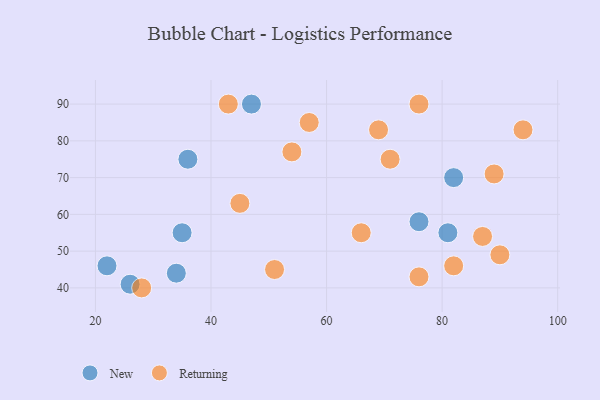
{"axis": {"x": "GDP", "y": "Life Expectancy"}, "legend": ["New", "Returning"], "data": [{"x": "36", "y": 75, "type": "New"}, {"x": "22", "y": 46, "type": "New"}, {"x": "81", "y": 55, "type": "New"}, {"x": "34", "y": 44, "type": "New"}, {"x": "35", "y": 55, "type": "New"}, {"x": "82", "y": 70, "type": "New"}, {"x": "76", "y": 58, "type": "New"}, {"x": "47", "y": 90, "type": "New"}, {"x": "26", "y": 41, "type": "New"}, {"x": "94", "y": 83, "type": "Returning"}, {"x": "69", "y": 83, "type": "Returning"}, {"x": "54", "y": 77, "type": "Returning"}, {"x": "28", "y": 40, "type": "Returning"}, {"x": "45", "y": 63, "type": "Returning"}, {"x": "82", "y": 46, "type": "Returning"}, {"x": "43", "y": 90, "type": "Returning"}, {"x": "51", "y": 45, "type": "Returning"}, {"x": "66", "y": 55, "type": "Returning"}, {"x": "89", "y": 71, "type": "Returning"}, {"x": "76", "y": 90, "type": "Returning"}, {"x": "71", "y": 75, "type": "Returning"}, {"x": "90", "y": 49, "type": "Returning"}, {"x": "57", "y": 85, "type": "Returning"}, {"x": "87", "y": 54, "type": "Returning"}, {"x": "76", "y": 43, "type": "Returning"}]}